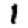
Digit: 1